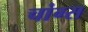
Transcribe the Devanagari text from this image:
चांग्स